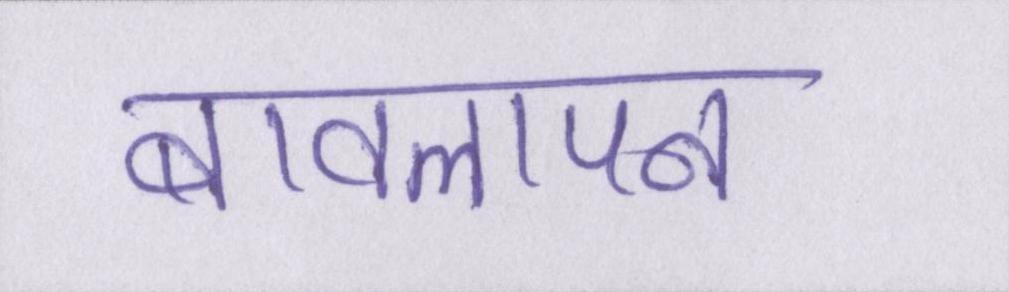
बावलापन